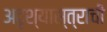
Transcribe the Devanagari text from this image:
अदृश्यास्त्राची